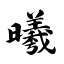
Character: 曦